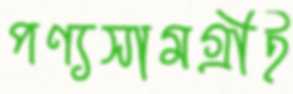
পণ্যসামগ্রীই